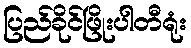
ပြည်ခိုင်ဖြိုးပါတီရုံး